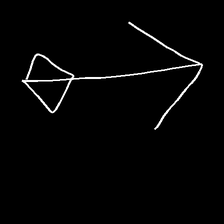
Glyph: focus